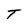
Character: T